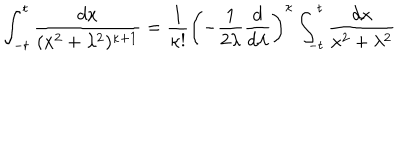
\int _ { - t } ^ { t } \frac { d x } { ( x ^ { 2 } + \lambda ^ { 2 } ) ^ { \kappa + 1 } } = \frac { 1 } { \kappa ! } \left( - \frac { 1 } { 2 \lambda } \frac { d } { d \lambda } \right) ^ { \kappa } \int _ { - t } ^ { t } \frac { d x } { x ^ { 2 } + \lambda ^ { 2 } }